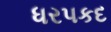
ધરપકદ